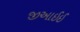
જીઆઈઈ